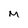
Character: M